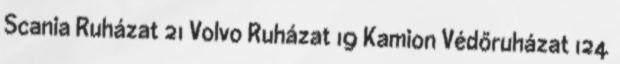
Scania Ruházat 21 Volvo Ruházat 19 Kamion Védőruházat 124